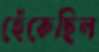
হেঁকেছিল